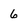
Character: 6